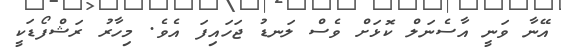
އޭނާ ވަނީ އާސެނަލް ކޮޅަށް ވެސް ލަނޑު ޖަހައިފަ އެވެ. މިހާރު ރަޝްފޯޑަކީ